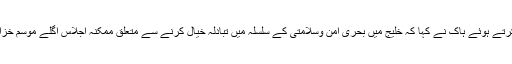
بحرین کے وزیر خارجہ نے جس سیمینار میں شرکت کی ہے اس میں خطاب کرتے ہوئے ہاک نے کہا کہ خلیج میں بحری امن وسلامتی کے سلسلہ میں تبادلہ خیال کرنے سے متعلق ممکنہ اجلاس اگلے موسم خزاں میں منعقد ہوگا اور اس کا انعقاد فروری میں وارسو کے اجلاس کے بعد ہوگا۔